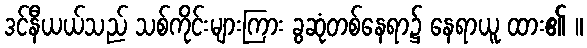
ဒင်နီယယ်သည် သစ်ကိုင်းများကြား ခွဆုံတစ်နေရာ၌ နေရာယူ ထား၏ ။